Civil Veterinary Department Bihar reports 1940-50 - 1940-1950
Year: 1940
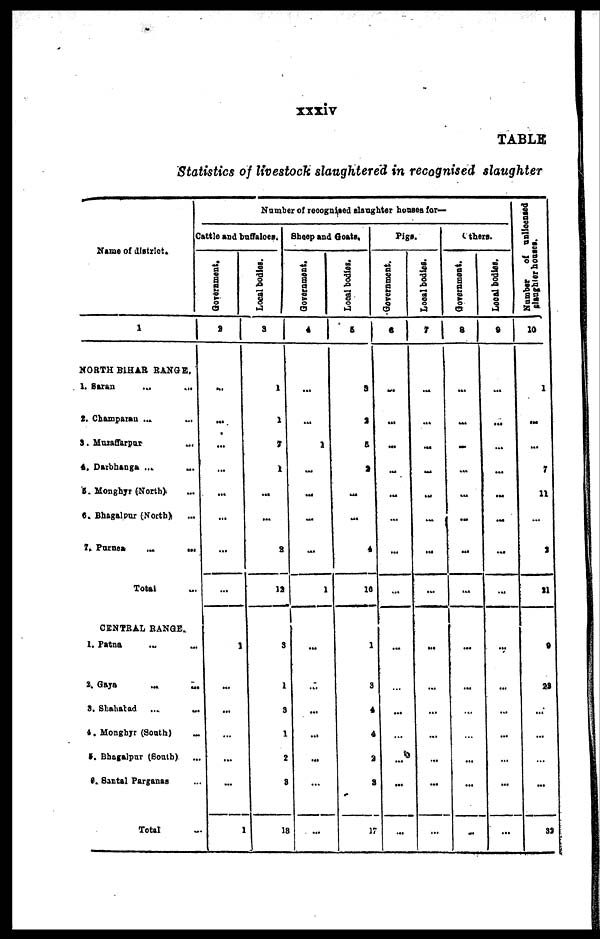
xxxiv
TABLE
Statistics of livestock slaughtered in recognised slaughter
Name of district.
1
NORTH BIHAR RANGE.
1. saran ... ...
2. Champarau ... ...
3. Muzaffarpur ...
4, Darbhanga ... ...
5. Monghyr (North). ...
6. Bhagalpur (North) ...
7. Purnea ...
...
Total ...
CENTRAL RANGE.
1. Patna ... ...
2.
Gaya
...
...
3. Shahabad
...
...
4. Monghyr (South)
...
5. Bhagalpnr (South) ...
6. Santal Parganaa ...
Total ...
Number of recognised slaughter homes for—
Cattle and buffaloes.
Government.
2
...
...
...
...
...
...
...
...
1
...
...
...
...
...
1
Local bodies.
3
1
1
7
1
...
...
8
19
3
1
3
1
2
8
13
Sheep and Goats,
Government.
4
...
...
1
...
...
...
...
1
...
...
...
...
...
...
...
Local bodies.
5
3
2
5
2
...
...
4
10
1
3
4
4
a
2
17
Pigs.
Government,
6
...
...
...
...
...
...
...
...
...
...
...
...
...
...
Local bodies.
7
...
...
.....
...
...
...
...
...
...
...
...
...
...
...
...
Others.
Government.
8
...
...
...
...
...
...
...
...
...
...
...
...
...
...
...
Local
bodies.
9
...
...
...
...
...
...
...
...
...
...
...
...
...
...
...
Number
of unlloensed
slaughter houses.
10
1
.....
...
1
11
...
2
21
9
23
...
...
...
32